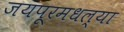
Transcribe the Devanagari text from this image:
जयपूरमधल्या